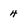
Character: 4